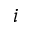
i